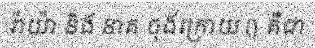
រ៉ាយ៉ា និង នាគ ចុងក្រោយ () គឺជា